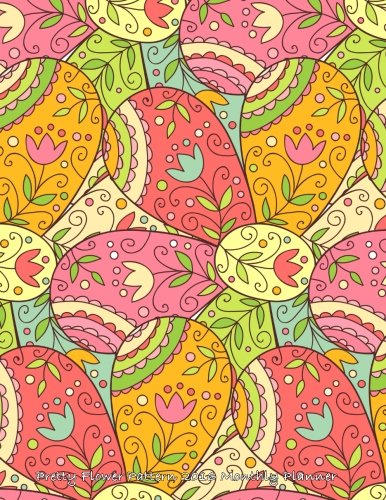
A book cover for Pretty Flower Pattern 2016 Monthly Planner; Laura's Cute Planners; Business & Money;